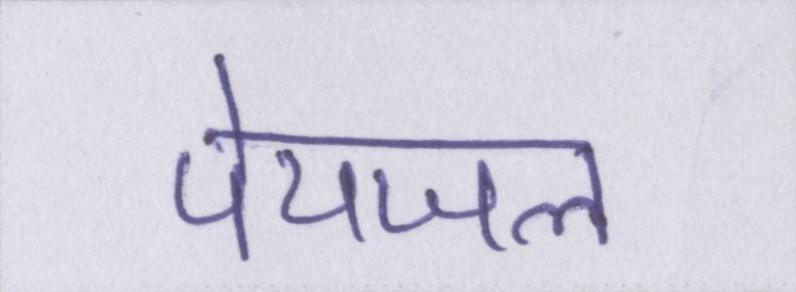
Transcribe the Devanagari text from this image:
पेयजल